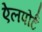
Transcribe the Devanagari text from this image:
ऐलपोर्ट